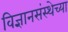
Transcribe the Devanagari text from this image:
विज्ञानसंस्थेच्या